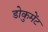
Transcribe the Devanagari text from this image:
डोकुमेंट